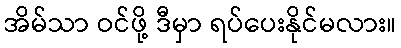
အိမ်သာ ဝင်ဖို့ ဒီမှာ ရပ်ပေးနိုင်မလား။